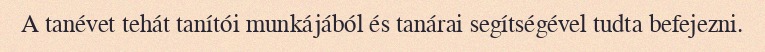
A tanévet tehát tanítói munkájából és tanárai segítségével tudta befejezni.